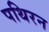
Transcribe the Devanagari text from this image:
पथिरन